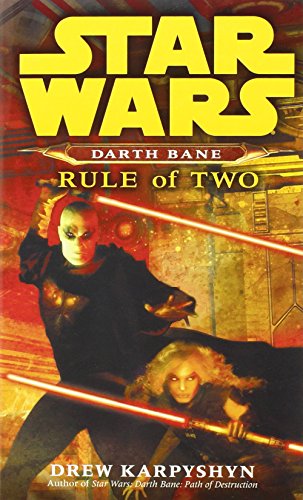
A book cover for Rule of Two (Star Wars: Darth Bane, Book 2); Drew Karpyshyn; Science Fiction & Fantasy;